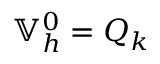
\mathbb { V } _ { h } ^ { 0 } = Q _ { k }